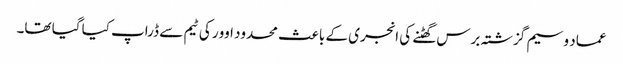
عماد وسیم گزشتہ برس گھٹنے کی انجری کے باعث محدود اوور کی ٹیم سے ڈراپ کیا گیا تھا۔